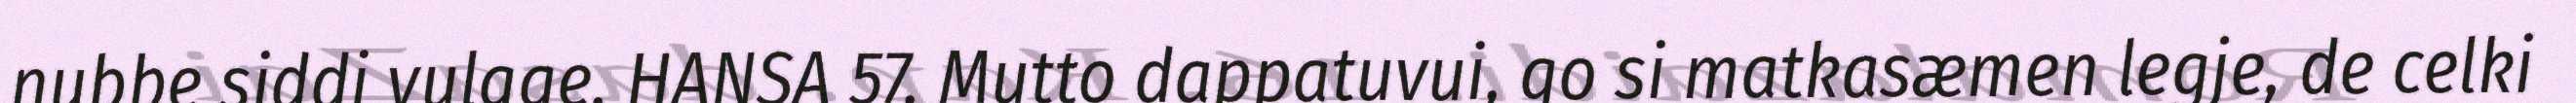
nubbe siddi vulgge. HANSA 57. Mutto dappatuvui, go si matkasæmen legje, de celki